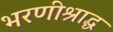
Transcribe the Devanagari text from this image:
भरणीश्राद्ध